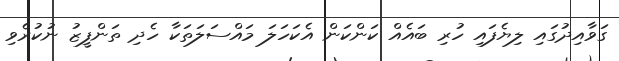
ގަވާއިދުގައި ލިޔެފައި ހުރި ބައެއް ކަންކަން އެކަހަލަ މައްސަލަތަކާ ހެދި ތަންފީޒު ނުކުރެވި